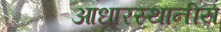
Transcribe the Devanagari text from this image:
आधारस्थानीय